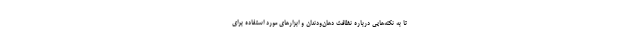
تا به نکته‌هایی درباره نظافت دهان‌ودندان و ابزارهای مورد استفاده برای